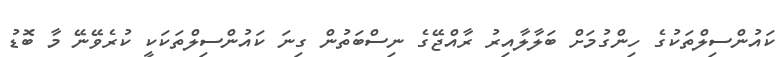
ކައުންސިލްތަކުގެ ހިންގުމަށް ބަލާލާއިރު ރާއްޖޭގެ ނިސްބަތުން ގިނަ ކައުންސިލްތަކަކީ ކުރެވޭނޭ މާ ބޮޑު